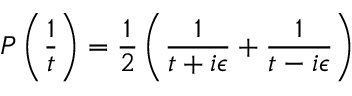
P \left( \frac { 1 } { t } \right) = \frac { 1 } { 2 } \left( \frac { 1 } { t + i \epsilon } + \frac { 1 } { t - i \epsilon } \right)